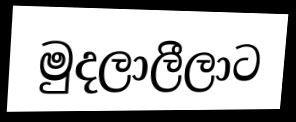
මුදලාලීලාට